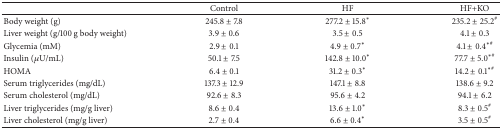
<table><thead><tr><td><b> </b></td><td><b>Control</b></td><td><b>HF</b></td><td><b>HF+KO</b></td></tr></thead><tbody><tr><td>Body weight (g)</td><td>245.8 ± 7.8</td><td> 277.2 ± 15.8<sup>*</sup></td><td> 235.2 ± 25.2<sup>#</sup></td></tr><tr><td>Liver weight (g/100 g body weight)</td><td>3.9 ± 0.6</td><td> 3.5 ± 0.5</td><td> 4.1 ± 0.3</td></tr><tr><td>Glycemia (mM)</td><td>2.9 ± 0.1</td><td> 4.9 ± 0.7<sup>*</sup></td><td> 4.1 ± 0.4<sup>∗#</sup></td></tr><tr><td>Insulin (<i>μ</i>U/mL)</td><td>50.1 ± 7.5</td><td> 142.8 ± 10.0<sup>*</sup></td><td> 77.7 ± 5.0<sup>∗#</sup></td></tr><tr><td>HOMA</td><td>6.4 ± 0.1</td><td> 31.2 ± 0.3<sup>*</sup></td><td> 14.2 ± 0.1<sup>∗#</sup></td></tr><tr><td>Serum triglycerides (mg/dL)</td><td>137.3 ± 12.9</td><td>147.1 ± 8.8</td><td>138.6 ± 9.2</td></tr><tr><td>Serum cholesterol (mg/dL)</td><td>92.6 ± 8.3</td><td> 95.6 ± 4.2</td><td> 94.1 ± 6.2</td></tr><tr><td>Liver triglycerides (mg/g liver)</td><td>8.6 ± 0.4</td><td> 13.6 ± 1.0<sup>*</sup></td><td> 8.3 ± 0.5<sup>#</sup></td></tr><tr><td>Liver cholesterol (mg/g liver)</td><td>2.7 ± 0.4</td><td> 6.6 ± 0.4<sup>*</sup></td><td> 3.5 ± 0.5<sup>#</sup></td></tr></tbody></table>